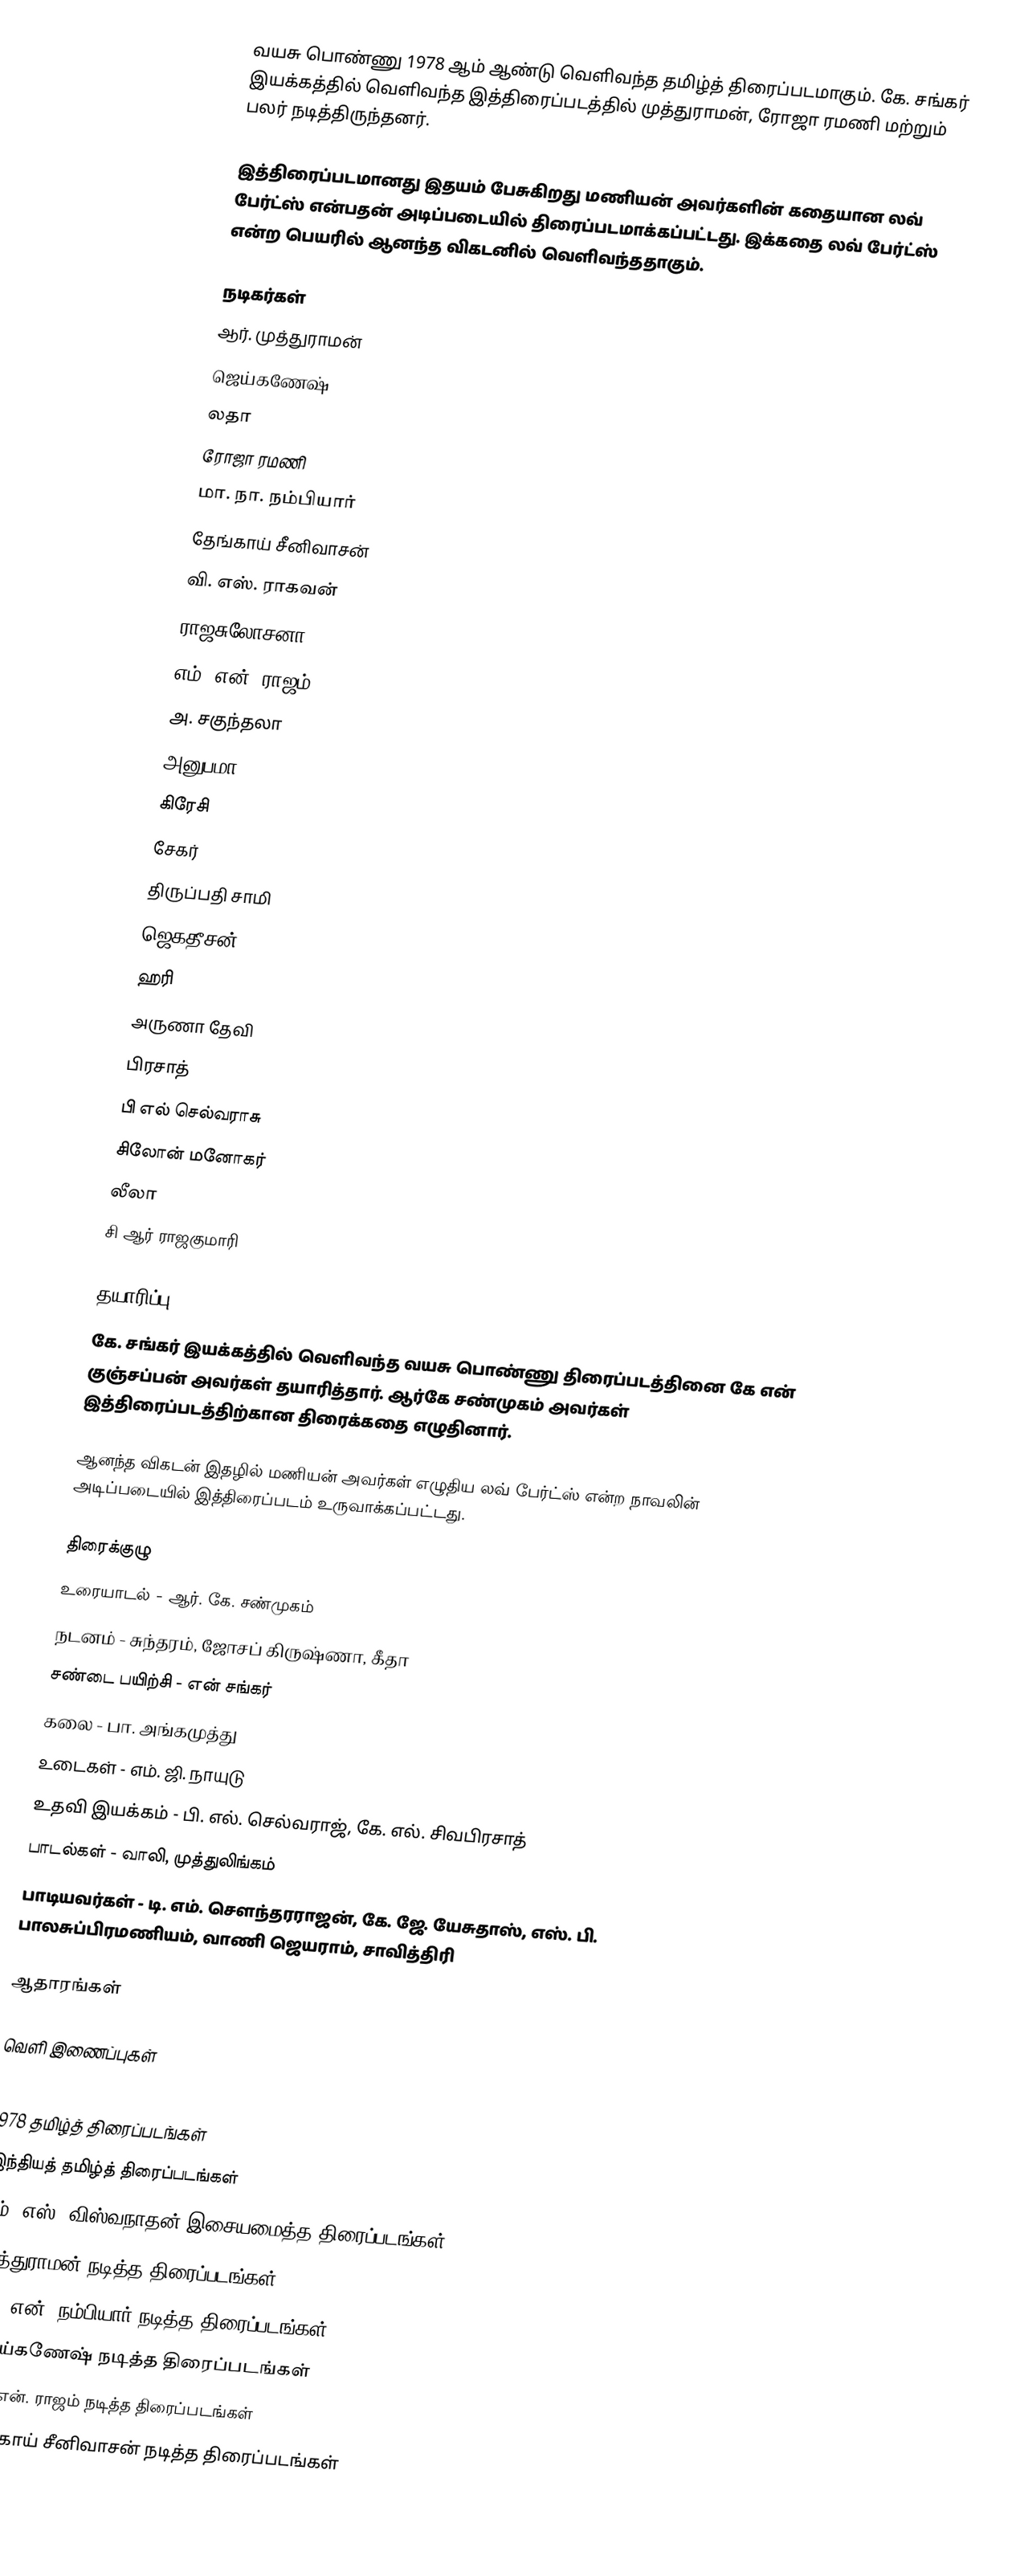
வயசு பொண்ணு 1978 ஆம் ஆண்டு வெளிவந்த தமிழ்த் திரைப்படமாகும். கே. சங்கர் இயக்கத்தில் வெளிவந்த இத்திரைப்படத்தில் முத்துராமன், ரோஜா ரமணி மற்றும் பலர் நடித்திருந்தனர்.

இத்திரைப்படமானது இதயம் பேசுகிறது மணியன் அவர்களின் கதையான லவ் பேர்ட்ஸ் என்பதன் அடிப்படையில் திரைப்படமாக்கப்பட்டது. இக்கதை லவ் பேர்ட்ஸ் என்ற பெயரில் ஆனந்த விகடனில் வெளிவந்ததாகும்.

நடிகர்கள்
 ஆர். முத்துராமன்
 ஜெய்கணேஷ்
 லதா
 ரோஜா ரமணி
 மா. நா. நம்பியார்
 தேங்காய் சீனிவாசன்
 வி. எஸ். ராகவன்
 ராஜசுலோசனா
 எம். என். ராஜம்
 அ. சகுந்தலா
 அனுபமா
 கிரேசி
 சேகர்
 திருப்பதி சாமி
 ஜெகதீசன்
 ஹரி
 அருணா தேவி
 பிரசாத்
 பி எல் செல்வராசு
 சிலோன் மனோகர்
 லீலா
 சி ஆர் ராஜகுமாரி

தயாரிப்பு
கே. சங்கர் இயக்கத்தில் வெளிவந்த வயசு பொண்ணு திரைப்படத்தினை கே என் குஞ்சப்பன் அவர்கள் தயாரித்தார். ஆர்கே சண்முகம் அவர்கள் இத்திரைப்படத்திற்கான திரைக்கதை எழுதினார்.

ஆனந்த விகடன் இதழில் மணியன் அவர்கள் எழுதிய லவ் பேர்ட்ஸ் என்ற நாவலின் அடிப்படையில் இத்திரைப்படம் உருவாக்கப்பட்டது.

திரைக்குழு
 உரையாடல் - ஆர். கே. சண்முகம்
 நடனம் - சுந்தரம், ஜோசப் கிருஷ்ணா, கீதா
 சண்டை பயிற்சி - என் சங்கர்
 கலை - பா. அங்கமுத்து
 உடைகள் - எம். ஜி. நாயுடு
 உதவி இயக்கம் - பி. எல். செல்வராஜ், கே. எல். சிவபிரசாத்
 பாடல்கள் - வாலி, முத்துலிங்கம்
 பாடியவர்கள் - டி. எம். சௌந்தரராஜன், கே. ஜே. யேசுதாஸ், எஸ். பி. பாலசுப்பிரமணியம், வாணி ஜெயராம், சாவித்திரி

ஆதாரங்கள்

வெளி இணைப்புகள்

1978 தமிழ்த் திரைப்படங்கள்
இந்தியத் தமிழ்த் திரைப்படங்கள்
எம். எஸ். விஸ்வநாதன் இசையமைத்த திரைப்படங்கள்
முத்துராமன் நடித்த திரைப்படங்கள்
எம். என். நம்பியார் நடித்த திரைப்படங்கள்
ஜெய்கணேஷ் நடித்த திரைப்படங்கள்
எம். என். ராஜம் நடித்த திரைப்படங்கள்
தேங்காய் சீனிவாசன் நடித்த திரைப்படங்கள்